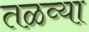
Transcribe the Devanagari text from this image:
तळव्या